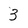
Character: 3